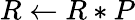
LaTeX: R\gets R*P